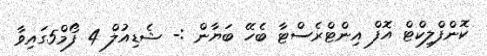
ކޮންފްލިކްޓް އޮފް އިންޓްރެސްޓާ ބެހޭ ބަޔާން :- ޝެޑިއުލް 4 ފޯމް5ގައިވާ